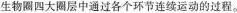
生物圈四大圈层中通过各个环节连续运动的过程。